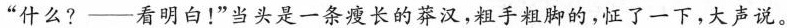
“什么？ ——看明白！”当头是一条瘦长的莽汉，粗手粗脚的，怔了一下，大声说。